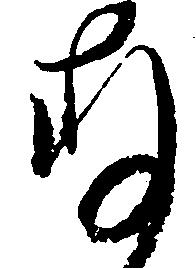
存